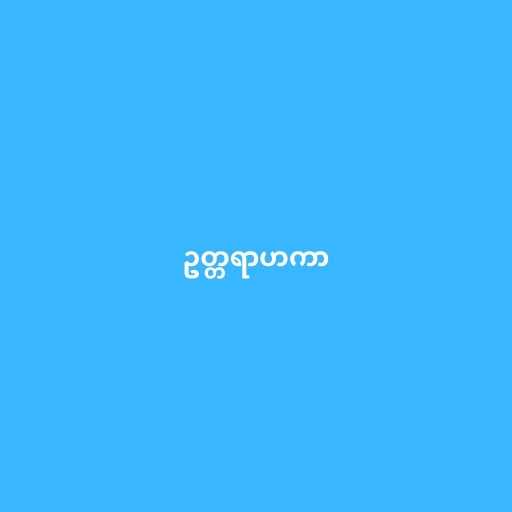
ဥတ္တရာဟကာ